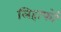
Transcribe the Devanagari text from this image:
लिहाफों